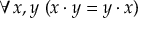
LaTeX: \forall x , y \ ( x \cdot y = y \cdot x )